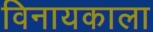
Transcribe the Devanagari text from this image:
विनायकाला